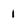
Character: 1